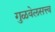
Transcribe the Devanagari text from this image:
गुळवेलसत्त्व